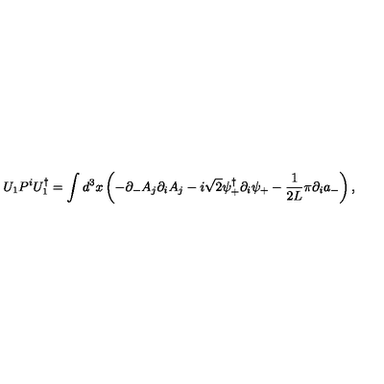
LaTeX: U _ { 1 } P ^ { i } U _ { 1 } ^ { \dagger } = \int d ^ { 3 } x \left( - \partial _ { - } A _ { j } \partial _ { i } A _ { j } - i \sqrt { 2 } \psi _ { + } ^ { \dagger } \partial _ { i } \psi _ { + } - \frac { 1 } { 2 L } \pi \partial _ { i } a _ { - } \right) ,